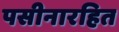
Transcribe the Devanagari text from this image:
पसीनारहित